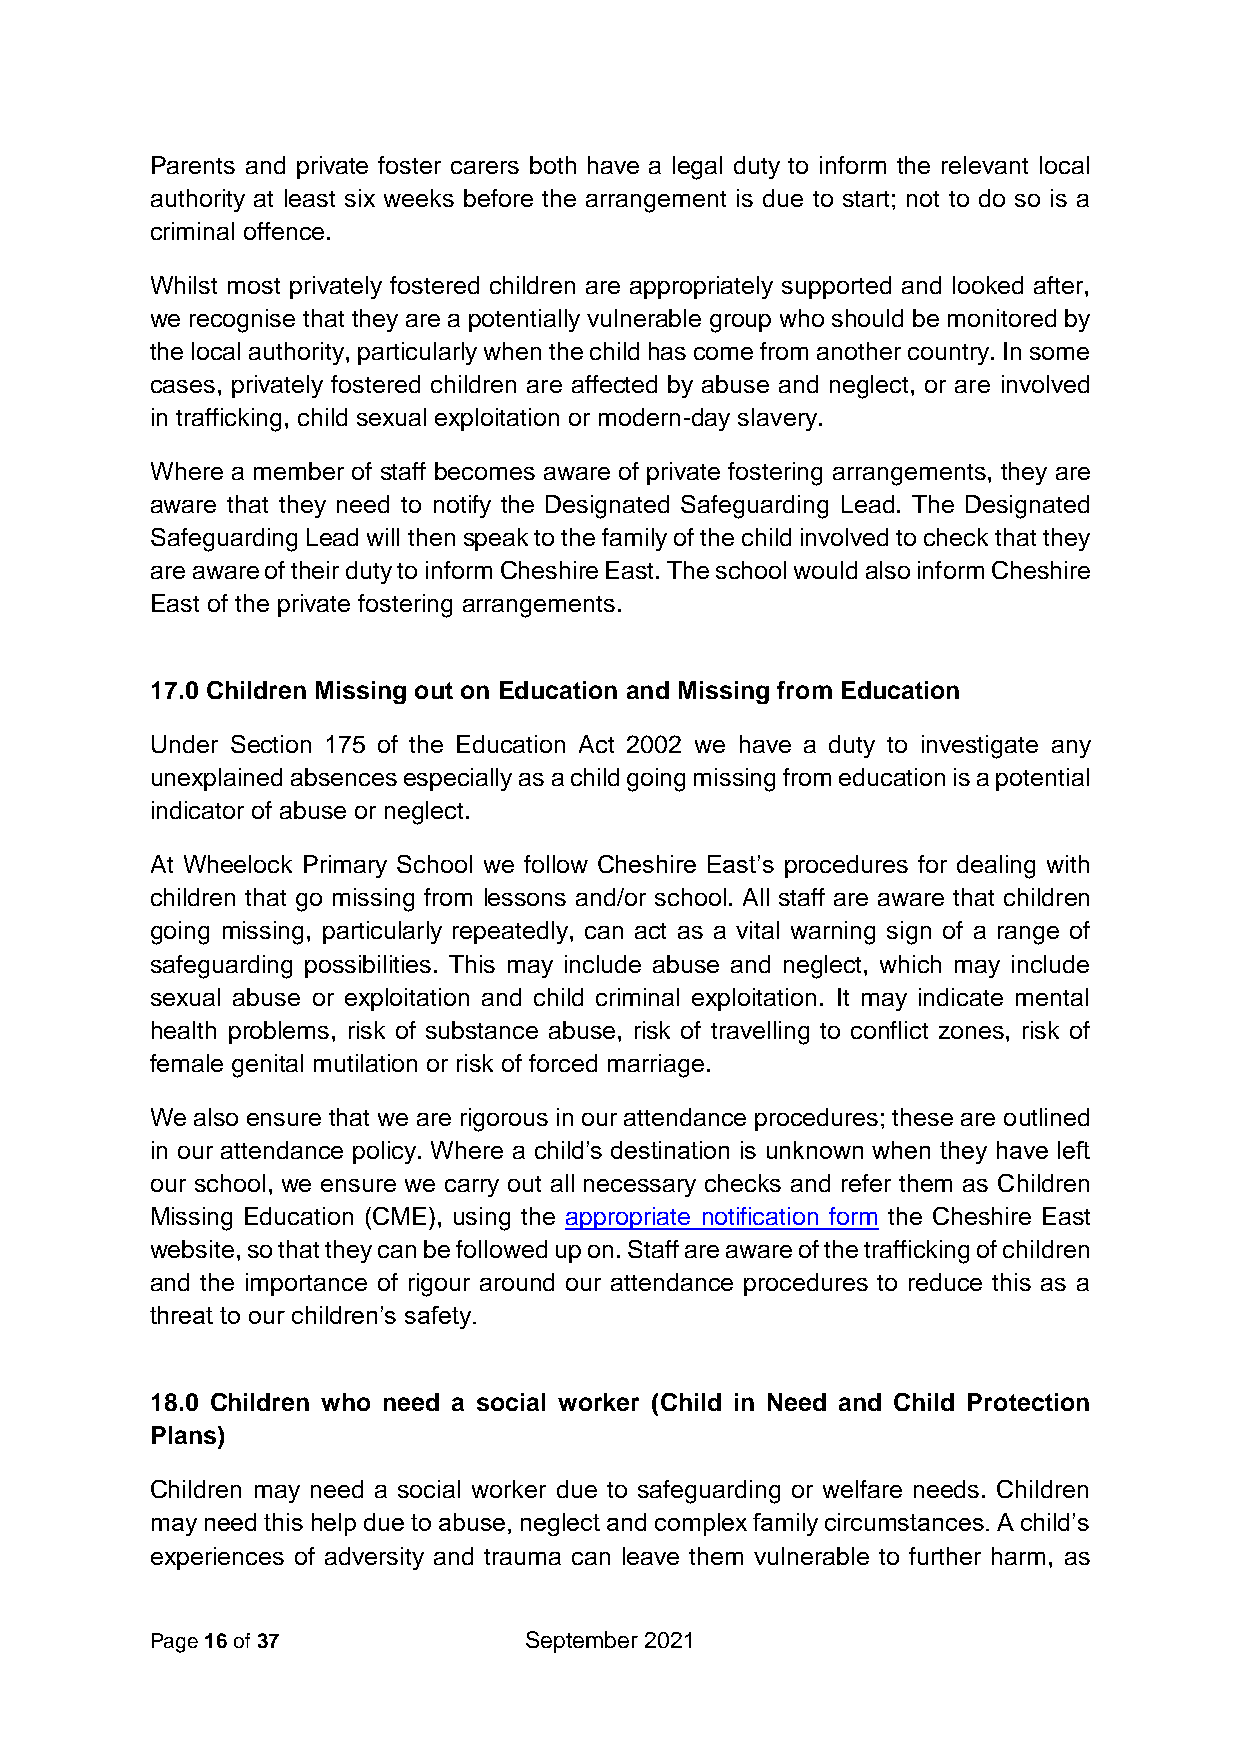
Parents and private foster carers both have a legal duty to inform the relevant local
 authority at least six weeks before the arrangement is due to start; not to do so is a
 criminal offence.
 Whilst most privately fostered children are appropriately supported and looked after,
 we recognise that they are a potentially vulnerable group who should be monitored by
 the local authority, particularly when the child has come from another country. In some
 cases, privately fostered children are affected by abuse and neglect, or are involved
 in trafficking, child sexual exploitation or modern-day slavery.
 Where a member of staff becomes aware of private fostering arrangements, they are
 aware that they need to notify the Designated Safeguarding Lead. The Designated
 Safeguarding Lead will then speak to the family of the child involved to check that they
 are aware of their duty to inform Cheshire East. The school would also inform Cheshire
 East of the private fostering arrangements.
 17.0 Children Missing out on Education and Missing from Education
 Under Section 175 of the Education Act 2002 we have a duty to investigate any
 unexplained absences especially as a child going missing from education is a potential
 indicator of abuse or neglect.
 At Wheelock Primary School we follow Cheshire East’s procedures for dealing with
 children that go missing from lessons and/or school. All staff are aware that children
 going missing, particularly repeatedly, can act as a vital warning sign of a range of
 safeguarding possibilities. This may include abuse and neglect, which may include
 sexual abuse or exploitation and child criminal exploitation. It may indicate mental
 health problems, risk of substance abuse, risk of travelling to conflict zones, risk of
 female genital mutilation or risk of forced marriage.
 We also ensure that we are rigorous in our attendance procedures; these are outlined
 in our attendance policy. Where a child’s destination is unknown when they have left
 our school, we ensure we carry out all necessary checks and refer them as Children
 Missing Education (CME), using the appropriate notification form the Cheshire East
 website, so that they can be followed up on. Staff are aware of the trafficking of children
 and the importance of rigour around our attendance procedures to reduce this as a
 threat to our children’s safety.
 18.0 Children who need a social worker (Child in Need and Child Protection
 Plans)
 Children may need a social worker due to safeguarding or welfare needs. Children
 may need this help due to abuse, neglect and complex family circumstances. A child’s
 experiences of adversity and trauma can leave them vulnerable to further harm, as
 Page 16 of 37            September 2021